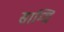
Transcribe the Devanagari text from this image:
साम्ग्रि